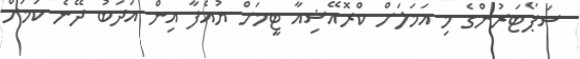
ސަޕޯޓަރުންގެ މި އަމަލަށް ކްރޮއޭޝިއާ ޓީމަށް ޔުއެފާ އިން އަދަބު ދޭނެ ކަމަށް